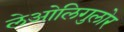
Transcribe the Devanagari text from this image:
लेओलिगुलोर